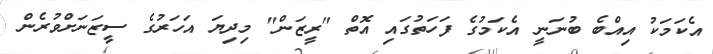
އެކަމަކު އިއްބެ ބުނަނީ އެކަމުގެ ފަހަތުގައި އޮތް "ރީޒަން" މިދިޔަ އަހަރުގެ ސީޒަނަށްވުރެން